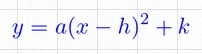
y=a(x-h)^2+k